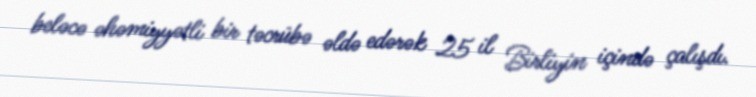
beləcə əhəmiyyətli bir təcrübə əldə edərək 25 il Birliyin içində çalışdı.